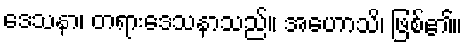
ဒေသနာ၊ တရားဒေသနာသည်။ အဟောသိ၊ ဖြစ်၏။